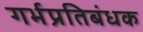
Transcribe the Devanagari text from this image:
गर्भप्रतिबंधक